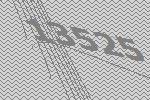
13525